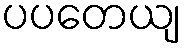
ပပတေယျ